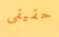
حقيقى